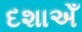
દશાએઁ